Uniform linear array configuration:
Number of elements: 16
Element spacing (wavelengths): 0.5
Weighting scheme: blackman
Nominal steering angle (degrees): -60
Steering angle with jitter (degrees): -58.325
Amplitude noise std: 0.05
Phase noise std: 0.05

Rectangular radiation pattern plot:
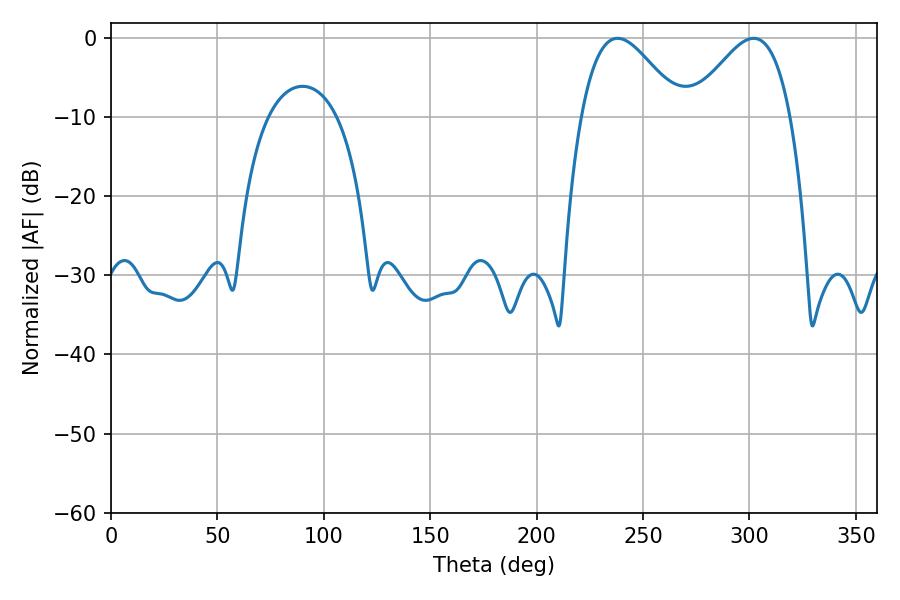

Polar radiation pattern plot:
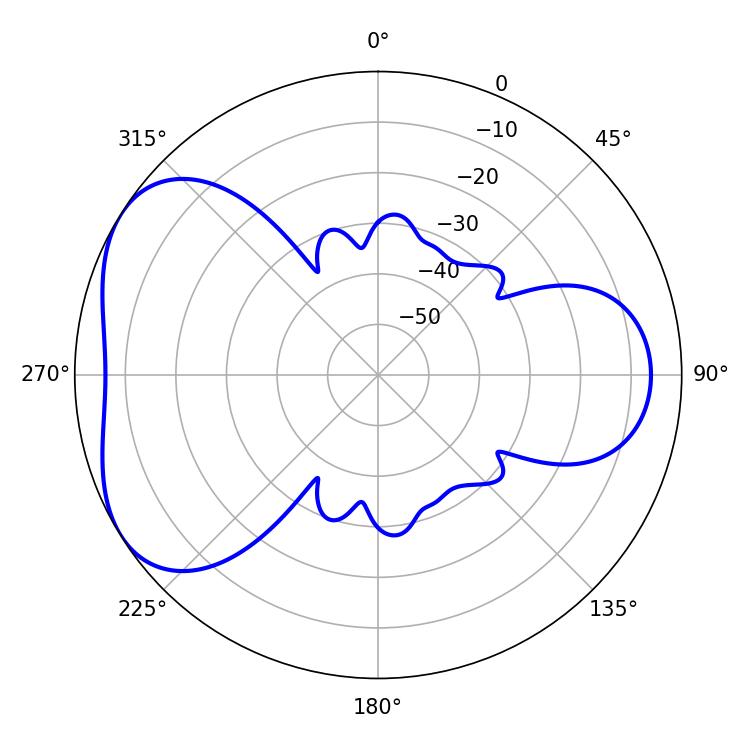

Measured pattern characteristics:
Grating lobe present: FALSE
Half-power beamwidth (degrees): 25.2
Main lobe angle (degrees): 237.96